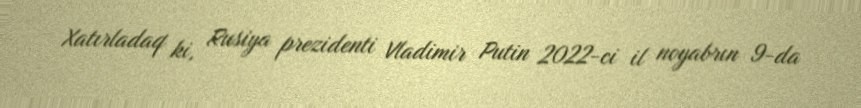
Xatırladaq ki, Rusiya prezidenti Vladimir Putin 2022-ci il noyabrın 9-da